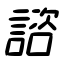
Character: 諮